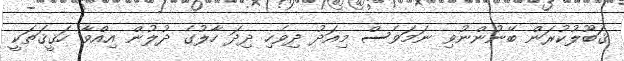
ޤަބޫލުކުރަން ބޭނުންނުވި ނަމަވެސް މިއަދު ދިވެހި ދިދަ ހާލުގެ ދުލުން އިއްވާ ހަޤީޤަތަކީ